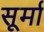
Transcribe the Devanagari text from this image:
सूर्मा